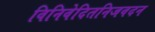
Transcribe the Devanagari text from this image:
विनिवेदितनिजवदन